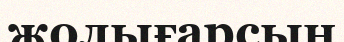
жолығарсың